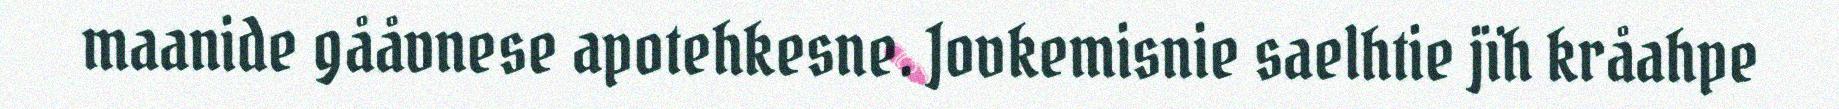
maanide gååvnese apotehkesne. Jovkemisnie saelhtie jïh kråahpe